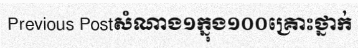
Previous Postសំណាង១ក្នុង១០០គ្រោះថ្នាក់